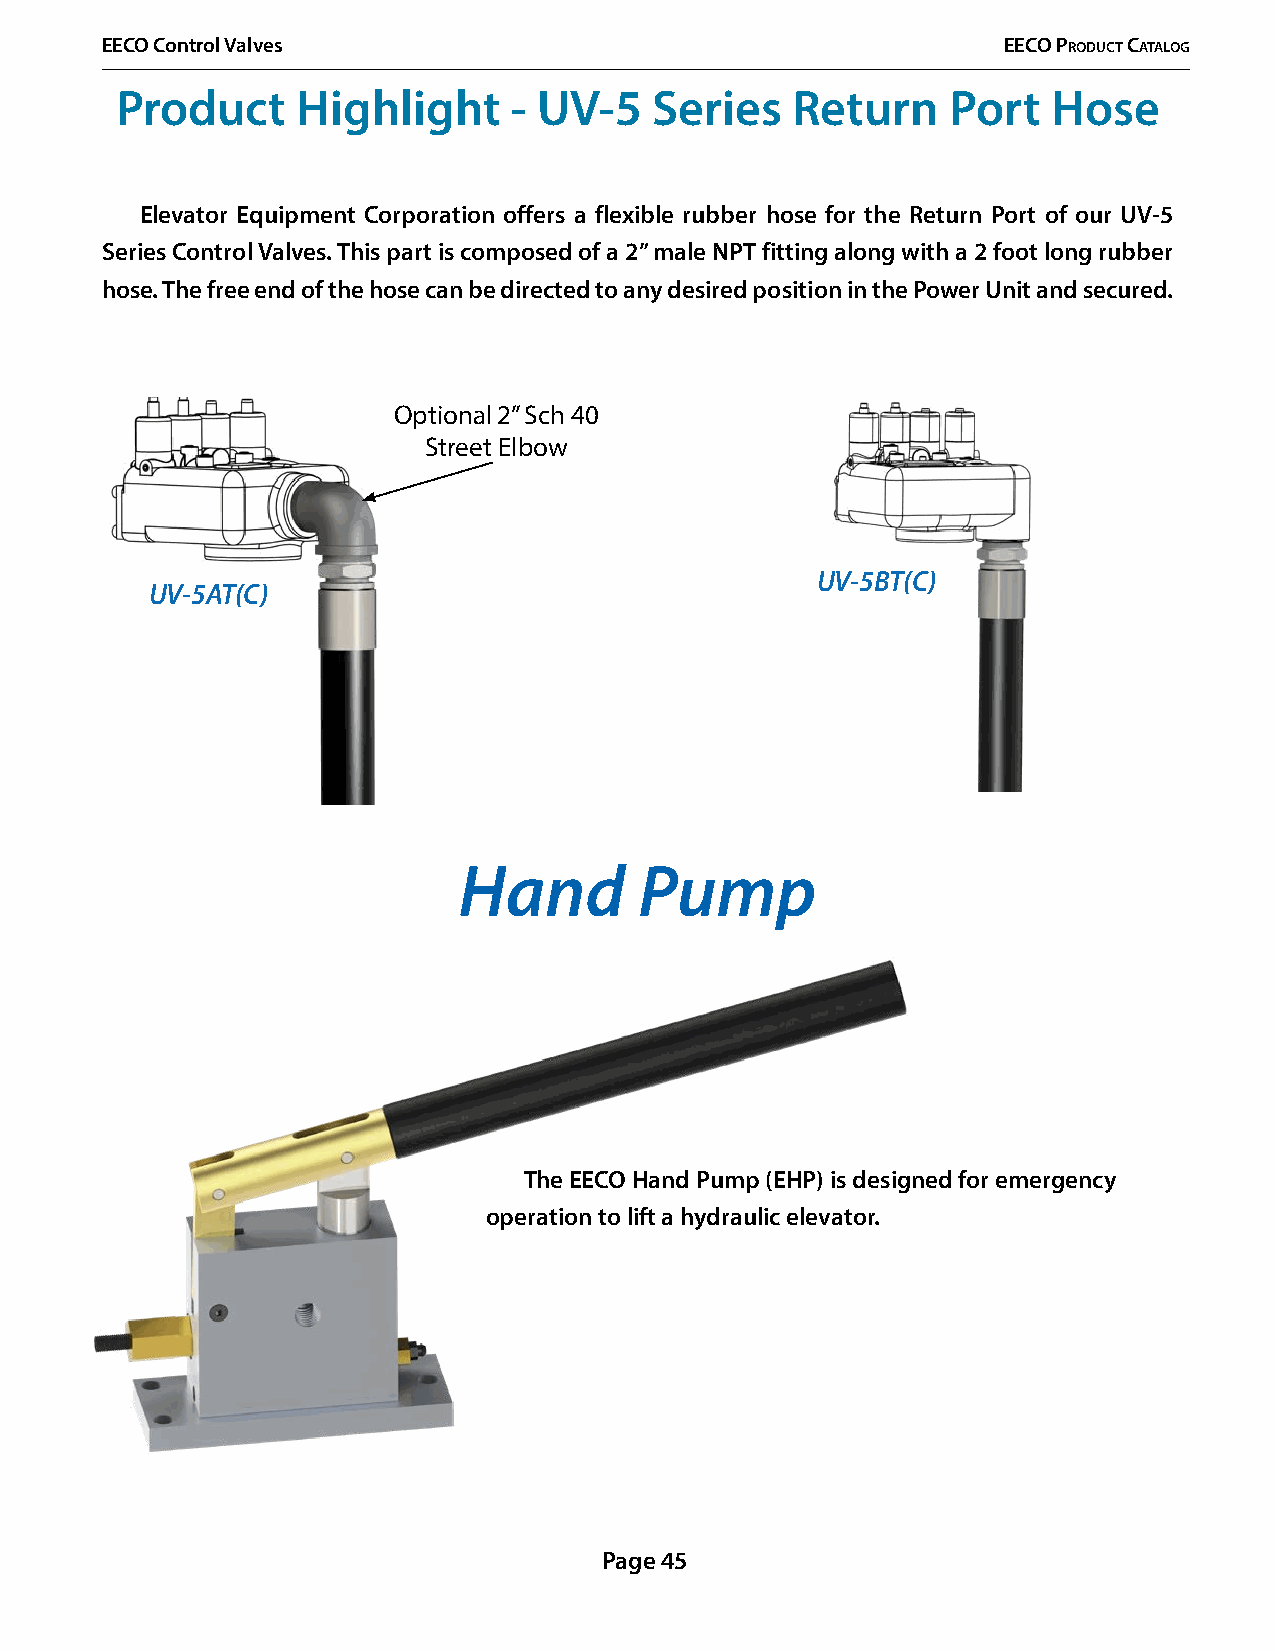
EECO Control Valves                                        EECO PrOduCt CatalOg
 Product     Highlight     - UV-5   Series   Return     Port   Hose
 Elevator Equipment Corporation offers a flexible rubber hose for the Return Port of our UV-5
 Series Control Valves. This part is composed of a 2” male NPT fitting along with a 2 foot long rubber
 hose. The free end of the hose can be directed to any desired position in the Power Unit and secured.
 Optional 2” Sch 40
 Street Elbow
 UV-5BT(C)
 UV-5AT(C)
 Hand        Pump
 The EECO Hand Pump (EHP) is designed for emergency
 operation to lift a hydraulic elevator.
 Page 45